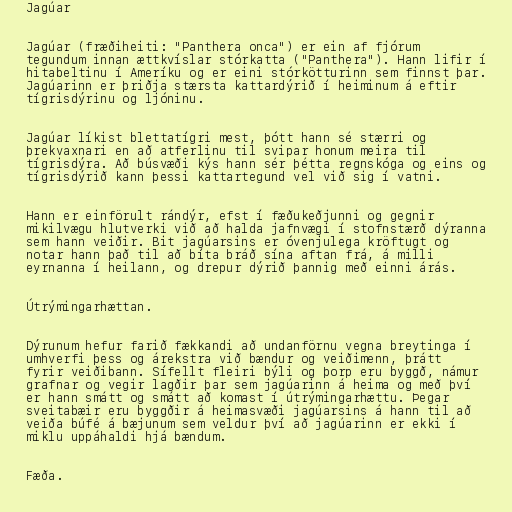
Jagúar

Jagúar (fræðiheiti: "Panthera onca") er ein af fjórum
tegundum innan ættkvíslar stórkatta ("Panthera"). Hann lifir í
hitabeltinu í Ameríku og er eini stórkötturinn sem finnst þar.
Jagúarinn er þriðja stærsta kattardýrið í heiminum á eftir
tígrisdýrinu og ljóninu.

Jagúar líkist blettatígri mest, þótt hann sé stærri og
þrekvaxnari en að atferlinu til svipar honum meira til
tígrisdýra. Að búsvæði kýs hann sér þétta regnskóga og eins og
tígrisdýrið kann þessi kattartegund vel við sig í vatni.

Hann er einförult rándýr, efst í fæðukeðjunni og gegnir
mikilvægu hlutverki við að halda jafnvægi í stofnstærð dýranna
sem hann veiðir. Bit jagúarsins er óvenjulega kröftugt og
notar hann það til að bíta bráð sína aftan frá, á milli
eyrnanna í heilann, og drepur dýrið þannig með einni árás.

Útrýmingarhættan.

Dýrunum hefur farið fækkandi að undanförnu vegna breytinga í
umhverfi þess og árekstra við bændur og veiðimenn, þrátt
fyrir veiðibann. Sífellt fleiri býli og þorp eru byggð, námur
grafnar og vegir lagðir þar sem jagúarinn á heima og með því
er hann smátt og smátt að komast í útrýmingarhættu. Þegar
sveitabæir eru byggðir á heimasvæði jagúarsins á hann til að
veiða búfé á bæjunum sem veldur því að jagúarinn er ekki í
miklu uppáhaldi hjá bændum.

Fæða.